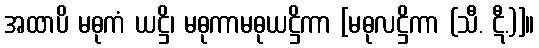
အထာပိ မဓုကံ ယဋ္ဌိ၊ မဓုကာမဓုယဋ္ဌိကာ [မဓုလဋ္ဌိကာ (သီ. ဋီ.)]။